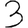
Digit: 3